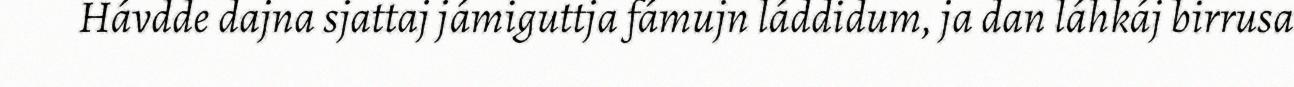
Hávdde dajna sjattaj jámiguttja fámujn láddidum, ja dan láhkáj birrusa